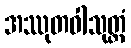
အဿုတဝါသုတ္တံ